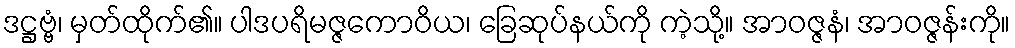
ဒဋ္ဌဗ္ဗံ၊ မှတ်ထိုက်၏။ ပါဒပရိမဇ္ဇကောဝိယ၊ ခြေဆုပ်နယ်ကို ကဲ့သို့။ အာဝဇ္ဇနံ၊ အာဝဇ္ဇန်းကို။